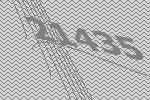
21435